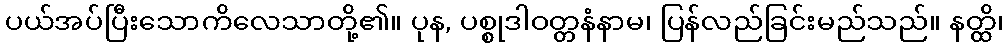
ပယ်အပ်ပြီးသောကိလေသာတို့၏။ ပုန, ပစ္စုဒါဝတ္တနံနာမ၊ ပြန်လည်ခြင်းမည်သည်။ နတ္ထိ၊